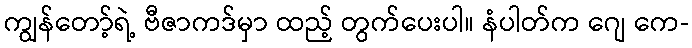
ကျွန်တော့်ရဲ့ ဗီဇာကဒ်မှာ ထည့် တွက်ပေးပါ။ နံပါတ်က ဂျေ ကေ-